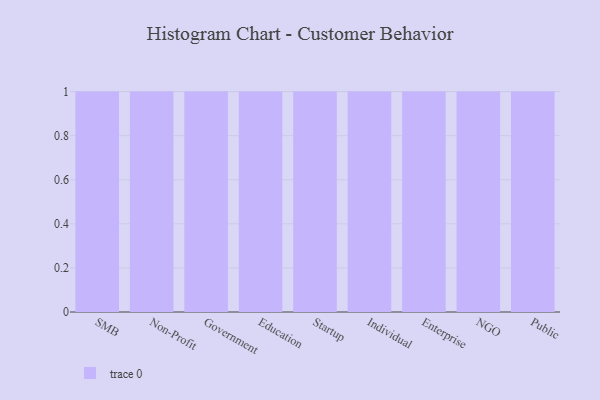
{"axis": {"x": "Segment", "y": "Shipments"}, "legend": [""], "data": [{"x": "SMB", "y": 50, "type": ""}, {"x": "Non-Profit", "y": 88, "type": ""}, {"x": "Government", "y": 86, "type": ""}, {"x": "Education", "y": 75, "type": ""}, {"x": "Startup", "y": 31, "type": ""}, {"x": "Individual", "y": 50, "type": ""}, {"x": "Enterprise", "y": 33, "type": ""}, {"x": "NGO", "y": 43, "type": ""}, {"x": "Public", "y": 16, "type": ""}]}